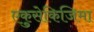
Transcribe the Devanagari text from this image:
एकुसेकिजिमा